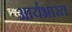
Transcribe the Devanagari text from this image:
आर्यभारत